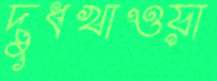
দুধখাওয়া